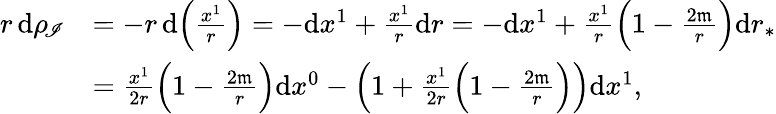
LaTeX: \begin{array}{rl}{r\, {\mathrm d}\rho_{\! \mathscr I}}&{=-r\, {\mathrm d}\Bigl(\frac{x^{1}}{r}\Bigr)=-{\mathrm d}x^{1}+\frac{x^{1}}{r}{\mathrm d}r=-{\mathrm d}x^{1}+\frac{x^{1}}{r}\Bigl(1-\frac{2\mathfrak{m}}{r}\Bigr){\mathrm d}r_{*}}\\ &{=\frac{x^{1}}{2r}\Bigl(1-\frac{2\mathfrak{m}}{r}\Bigr){\mathrm d}x^{0}-\Bigl(1+\frac{x^{1}}{2r}\Bigl(1-\frac{2\mathfrak{m}}{r}\Bigr)\Bigr){\mathrm d}x^{1},}\end{array}